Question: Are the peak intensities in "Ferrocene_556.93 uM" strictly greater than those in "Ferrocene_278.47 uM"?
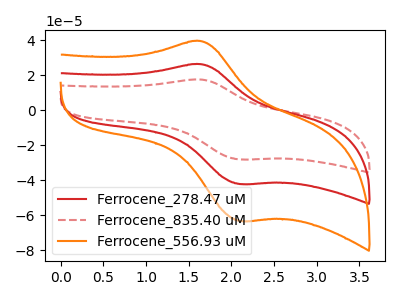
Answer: <think>The red curve "Ferrocene_278.47 uM" has an anodic peak at (1.65V, 26.35uA) and a cathodic peak at (2.10V, -42.15uA). The red dashed curve "Ferrocene_835.40 uM" has an anodic peak at (1.65V, 52.75uA) and a cathodic peak at (2.10V, -84.25uA). The orange curve "Ferrocene_556.93 uM" has an anodic peak at (1.65V, 39.55uA) and a cathodic peak at (2.10V, -63.25uA).</think>
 <answer>Every peak in "Ferrocene_556.93 uM" is higher than every peak in "Ferrocene_278.47 uM".</answer>
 <eval>higher</eval>